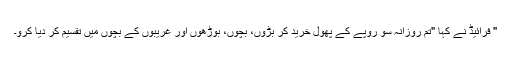
" فرائیڈ نے کہا "تم روزانہ سو روپے کے پھول خرید کر بڑوں، بچوں، بوڑھوں اور غریبوں کے بچوں میں تقسیم کر دیا کرو۔